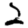
Digit: 2